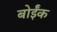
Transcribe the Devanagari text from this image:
बोईंक